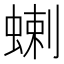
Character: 蝲